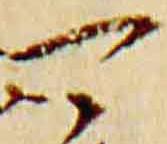
可